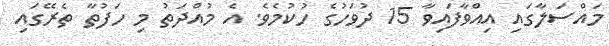
މައްސަލާގައި އިއްވާފައިވާ 15 ދުވަހުގެ ހުކުމެވެ. އެ މުއްދަތު މި ހަފުތާ ތެރޭގައި